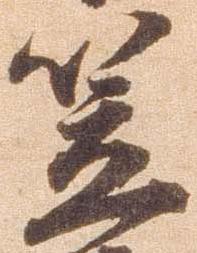
笠